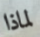
لماذا